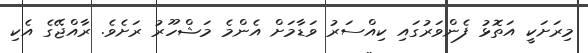
މިރަށަކީ އަތޮޅު ފެންވަރުގައި ކިއްސަރު ވަޑާމަށް އެންމެ މަޝްހޫރު ރަށެވެ. ރާއްޖޭގެ އެކި